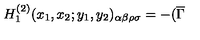
H _ { 1 } ^ { ( 2 ) } ( x _ { 1 } , x _ { 2 } ; y _ { 1 } , y _ { 2 } ) _ { \alpha \beta \rho \sigma } = - ( \overline { { \Gamma } }